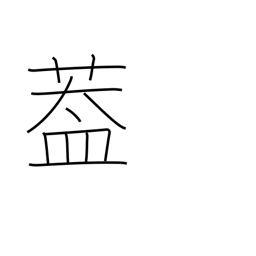
Meaning: flap